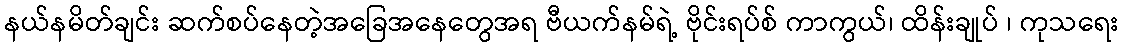
နယ်နမိတ်ချင်း ဆက်စပ်နေတဲ့အခြေအနေတွေအရ ဗီယက်နမ်ရဲ့ ဗိုင်းရပ်စ် ကာကွယ်၊ ထိန်းချုပ် ၊ ကုသရေး